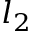
l _ { 2 }